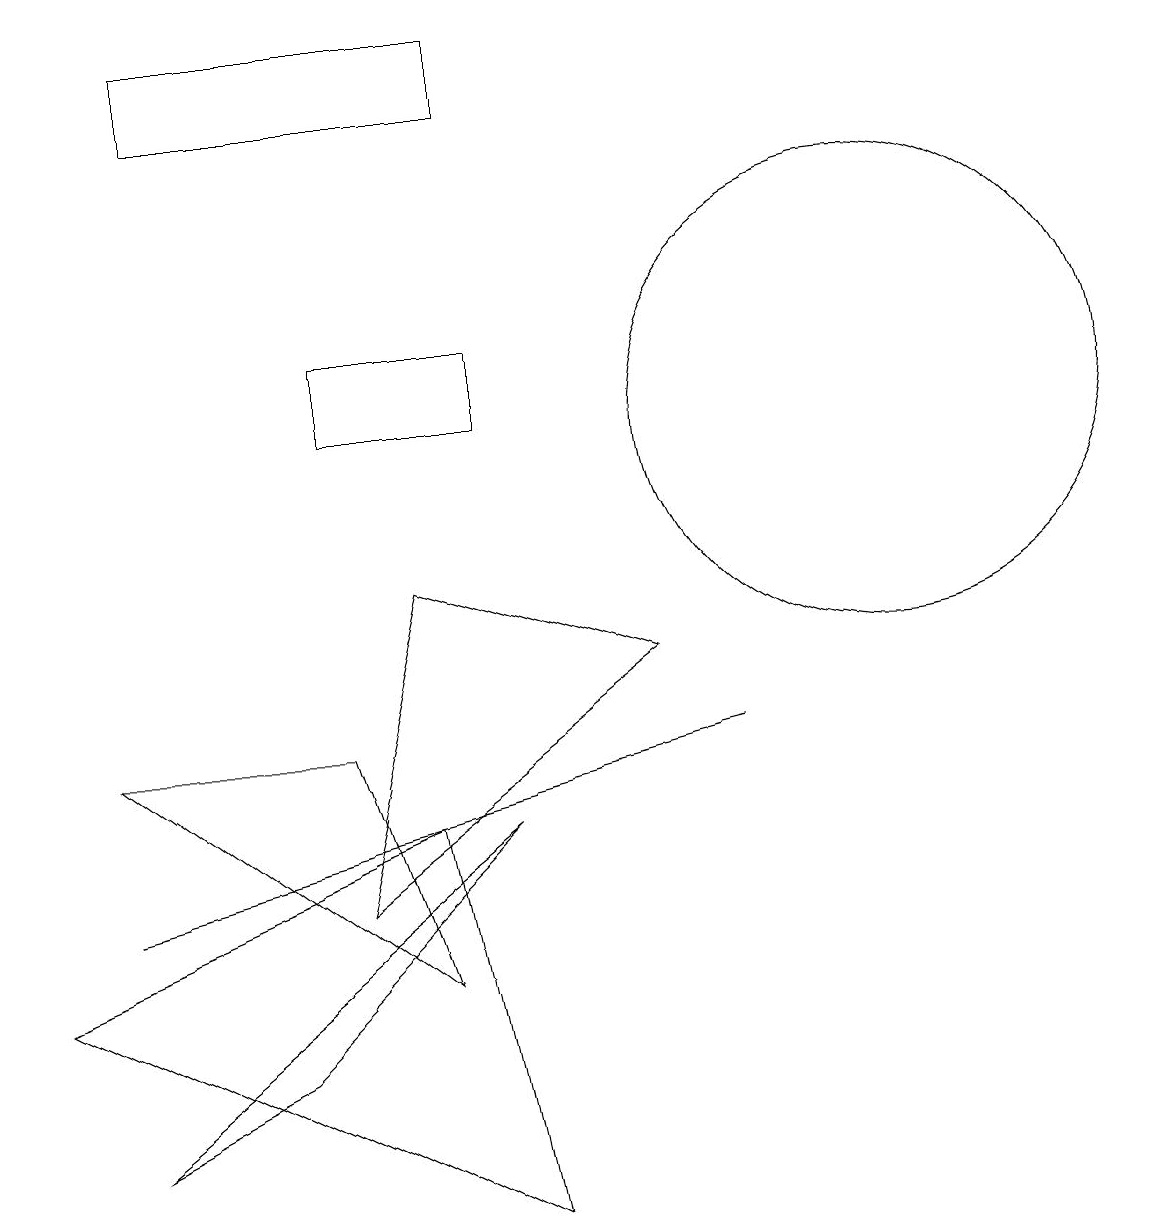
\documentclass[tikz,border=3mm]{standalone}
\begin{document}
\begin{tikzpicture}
\draw (6,1) -- (0,4) -- (5,6) -- cycle;
\draw (2,15) rectangle (6,16);
\draw (11,11) circle (3);
\draw (5,9) -- (4,5) -- (8,8) -- cycle;
\draw (5,4) -- (4,7) -- (1,7) -- cycle;
\draw (9,7) -- (5,6) -- (1,5) -- cycle;
\draw (4,12) rectangle (6,11);
\draw (6,6) -- (3,3) -- (1,2) -- cycle;
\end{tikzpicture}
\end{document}